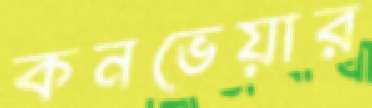
কনভেয়ার